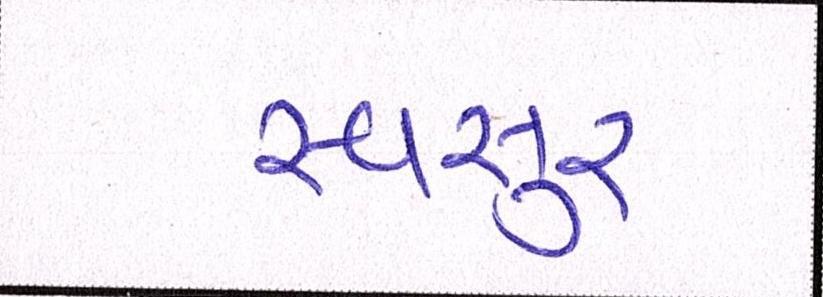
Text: સ્વસુર